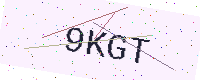
Text: 9KGT